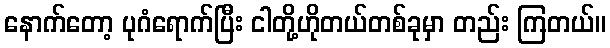
နောက်တော့ ပုဂံရောက်ပြီး ငါတို့ဟိုတယ်တစ်ခုမှာ တည်း ကြတယ်။